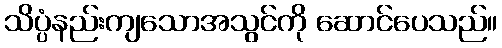
သိပ္ပံနည်းကျသောအသွင်ကို ဆောင်ပေသည်။